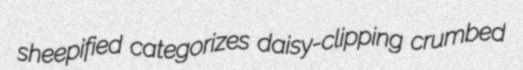
sheepified categorizes daisy-clipping crumbed